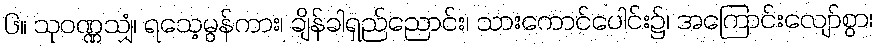
၆။ သုဝဏ္ဏသျှံ၊ ရသေ့မွန်ကား၊ ချိန်ခါရှည်ညောင်း၊ သားကောင်ပေါင်း၌၊ အကြောင်းလျော်စွာ၊